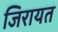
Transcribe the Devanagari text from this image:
जिरायत